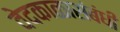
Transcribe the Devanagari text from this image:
वेदकाळासंबंधी